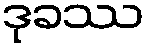
ဒုခဿ